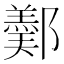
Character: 𨞿